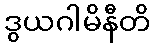
ဒွယဂါမိနီတိ